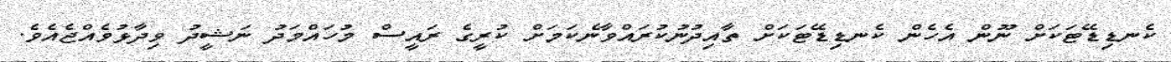
ކެނޑިޑޭޓަކަށް ނޫން އެހެން ކެނޑިޑޭޓަކަށް ތާއިދުނުކުރައްވާނެކަމަށް ކުރީގެ ރައީސް މުހައްމަދު ނަޝީދު ވިދާޅުވެއްޖެއެވެ.